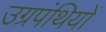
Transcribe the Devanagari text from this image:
उग्रपंथियों